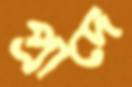
প্রাদে